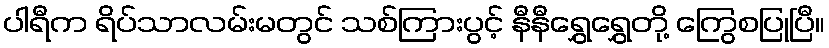
ပါရီက ရိပ်သာလမ်းမတွင် သစ်ကြားပွင့် နီနီရွှေရွှေတို့ ကြွေစပြုပြီ။